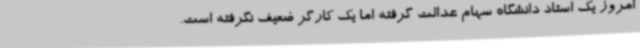
امروز یک استاد دانشگاه سهام عدالت گرفته اما یک کارگر ضعیف نگرفته است.